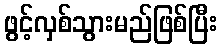
ဖွင့်လှစ်သွားမည်ဖြစ်ပြီး